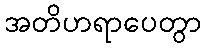
အတိဟရာပေတွာ